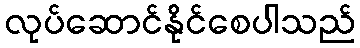
လုပ်ဆောင်နိုင်စေပါသည်